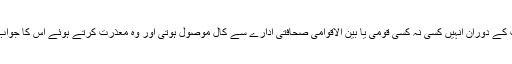
سوالات کے دوران انہیں کسی نہ کسی قومی یا بین الاقوامی صحافتی ادارے سے کال موصول ہوتی اور وہ معذرت کرتے ہوئے اس کا جواب دیتے۔